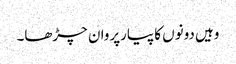
وہیں دونوں کا پیارپروان چڑھا۔